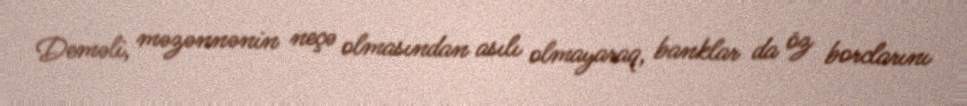
Deməli, məzənnənin neçə olmasından asılı olmayaraq, banklar da öz borclarını